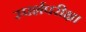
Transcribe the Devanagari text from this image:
स्पर्शपरीक्षा